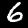
Label: 6